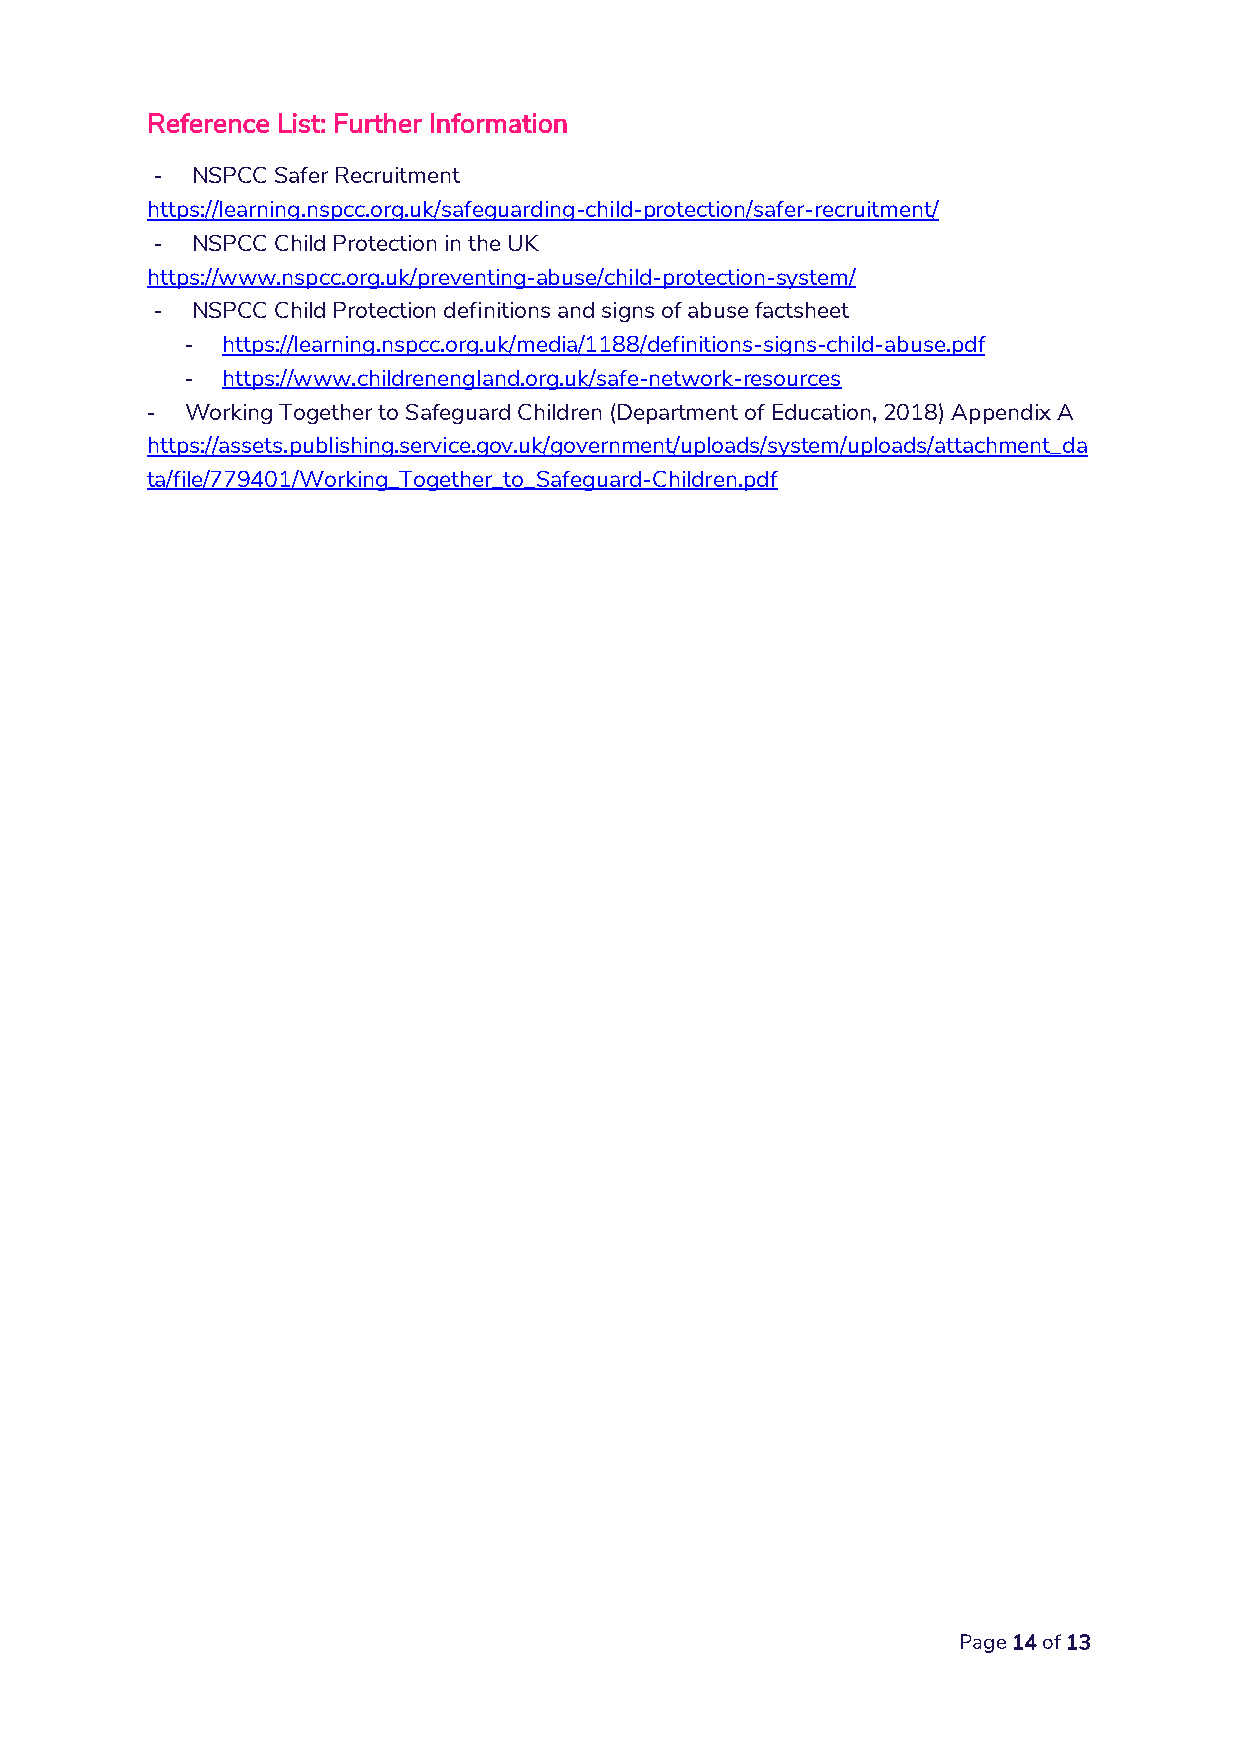
Reference List: Further Information
 -  NSPCC Safer Recruitment
 https://learning.nspcc.org.uk/safeguarding-child-protection/safer-recruitment/
 -  NSPCC Child Protection in the UK
 https://www.nspcc.org.uk/preventing-abuse/child-protection-system/
 -  NSPCC Child Protection definitions and signs of abuse factsheet
 -  https://learning.nspcc.org.uk/media/1188/definitions-signs-child-abuse.pdf
 -  https://www.childrenengland.org.uk/safe-network-resources
 - Working Together to Safeguard Children (Department of Education, 2018) Appendix A
 https://assets.publishing.service.gov.uk/government/uploads/system/uploads/attachment_da
 ta/file/779401/Working_Together_to_Safeguard-Children.pdf
 Page 14 of 13